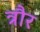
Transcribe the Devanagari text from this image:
त्रौर